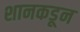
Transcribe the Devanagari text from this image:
शानकडून